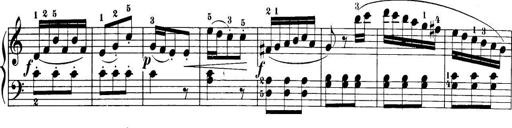
Title: 32 Sonatinas and Rondos for the Piano
Composer: Richard Kleinmichel